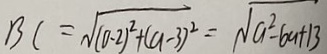
B C = \sqrt { ( 0 - 2 ) ^ { 2 } + ( a - 3 ) ^ { 2 } } = \sqrt { a ^ { 2 } - 6 a + 1 3 }